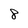
Character: 8